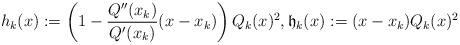
LaTeX: \begin{align*} h_k(x):=\left(1-\frac{Q''(x_k)}{Q'(x_k)}(x-x_k)\right)Q_k(x)^2,\mathfrak{h}_k(x):=(x-x_k)Q_k(x)^2\end{align*}